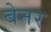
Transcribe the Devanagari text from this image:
बेनर